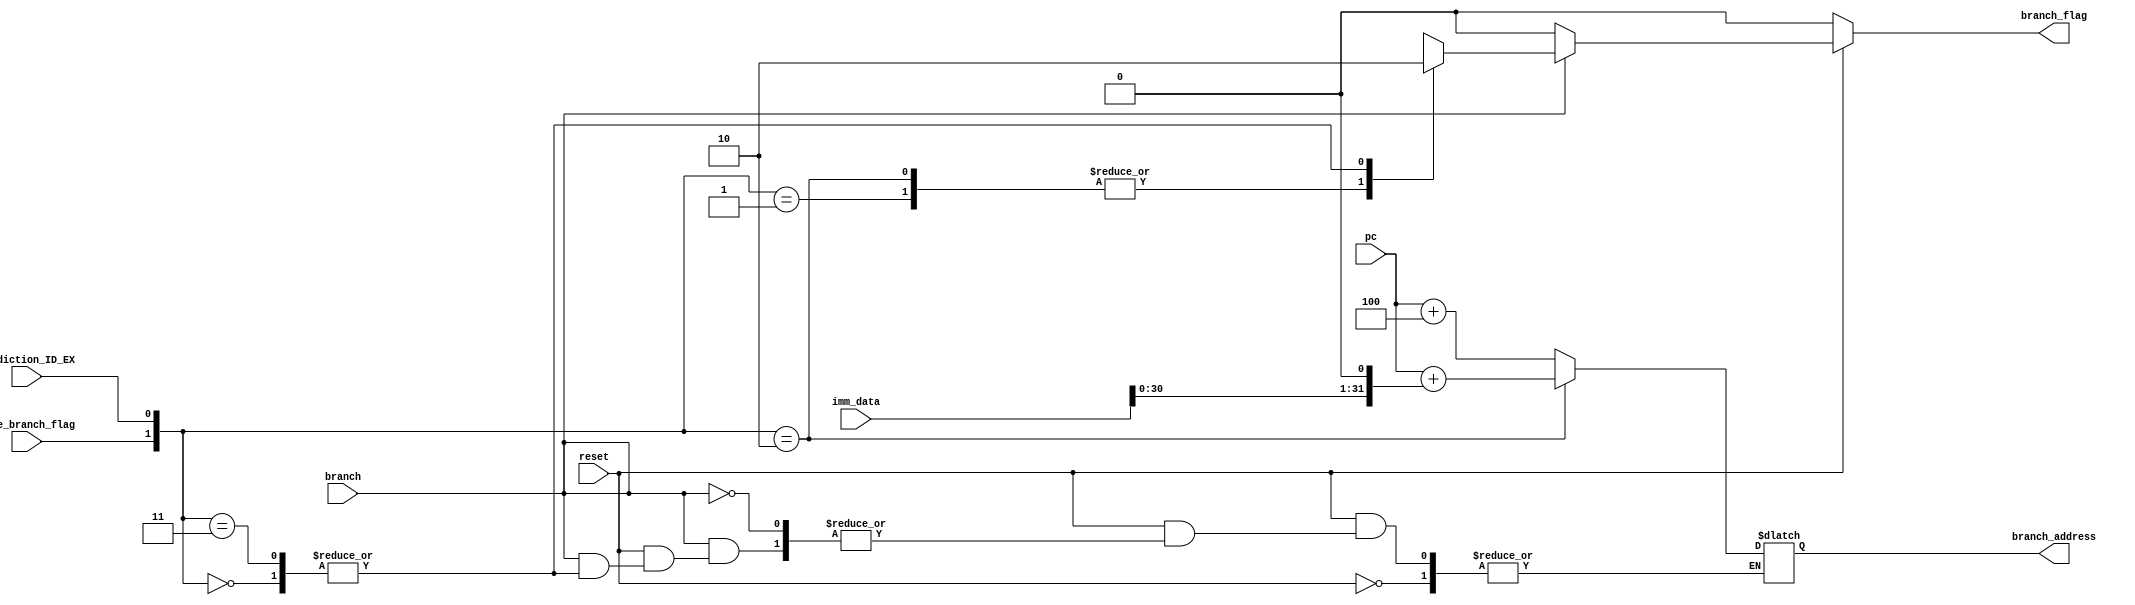
`timescale 1ns / 1ps

module BranchAcceptor(
	input reset,
	input branch,
	input tobe_branch_flag,
	input prediction_ID_EX,
	input [31:0] pc,
	input [31:0] imm_data,
	output reg branch_flag,
	output reg [31:0] branch_address
    );
	 
wire [31:0] offset = imm_data << 1;

always@(*)
begin
if(reset == 0)
begin
branch_flag = 1'b0;
end
else if(branch == 1)
begin
case({tobe_branch_flag,prediction_ID_EX})
2'b00:
begin
branch_flag = 1'b0;
end
2'b01:
begin
branch_flag = 1'b1;
branch_address = pc + 4;
$display("flushed");
end
2'b10:
begin
branch_flag = 1'b1;
branch_address = pc + offset;
end
2'b11:
begin
branch_flag = 1'b0;
end
endcase
end
else
branch_flag = 1'b0;
end
endmodule